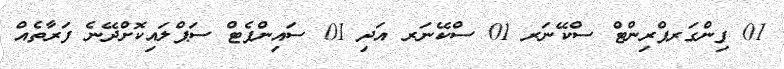
01 ފިންގަރޕްރިންޓް ސްކޭނަރ 01 ސްކޭނަރ އަދި 01 ސައިންޕެޓް ސަޕްލައިކޮށްދޭނެ ފަރާތެއް